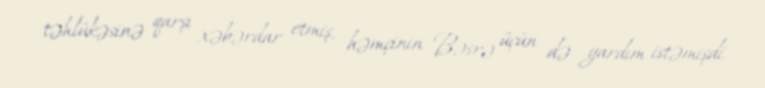
təhlükəsinə qarşı xəbərdar etmiş, həmçinin Bəsrə üçün də yardım istəmişdi.